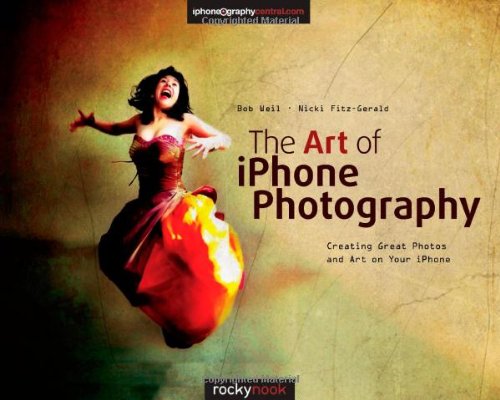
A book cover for The Art of iPhone Photography: Creating Great Photos and Art on Your iPhone; Bob Weil; Arts & Photography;